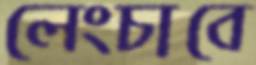
লেংচাবে